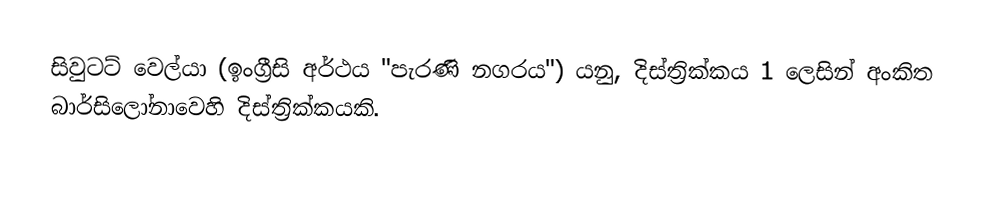
සිවුටට් වෙල්යා (ඉංග්‍රීසි  අර්ථය "පැරණි නගරය")  යනු,   දිස්ත්‍රික්කය 1 ලෙසින් අංකිත බාර්සිලෝනාවෙහි දිස්ත්‍රික්කයකි.